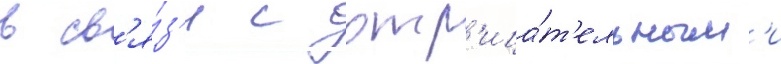
в св'я́з'и с отр'ица́т'ельным'и